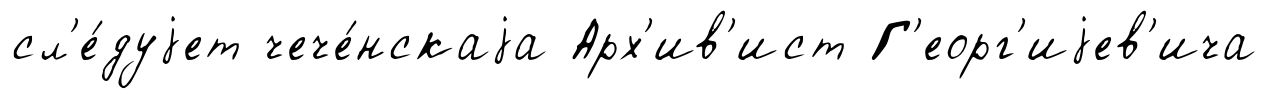
сл'е́дуjет чече́нскаjа Арх'ив'ист Г'еорг'иjев'ича